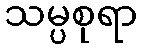
သမ္ပစုရာ